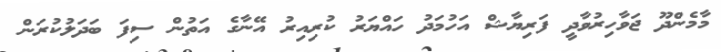
މާމެންދޫ ޖަވާހިރުވާދީ ފަރިޔާޝް އަހުމަދު ހައްޔަރު ކުރިއިރު އޭނާގެ އަތުން ސިފަ ބަދަލުކުރަން